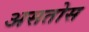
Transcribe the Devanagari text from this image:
असतोस